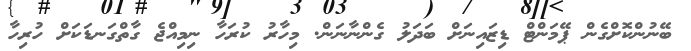
ބޭނުންކޮށްގެން ޕޭމަންޓް ޑިޒައިނަށް ބަދަލު ގެންނާނަން. މިހާރު ކުރަހާ ނިމިއްޖެ ގާތްގަނޑަކަށް ހުރިހާ